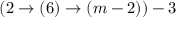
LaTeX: ( 2 \rightarrow ( 6 ) \rightarrow ( m - 2 ) ) - 3